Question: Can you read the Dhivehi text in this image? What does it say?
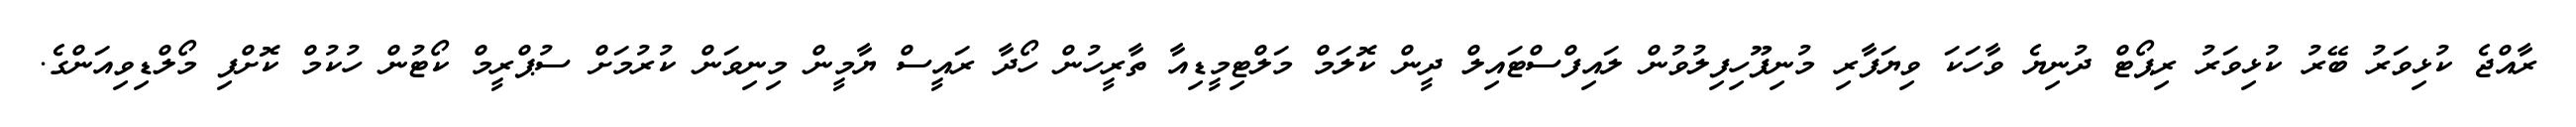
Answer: ރާއްޖެ ކުޅިވަރު ބޭރު ކުޅިވަރު ރިޕޯޓް ދުނިޔެ ވާހަކަ ވިޔަފާރި މުނިފޫހިފިލުވުން ލައިފްސްޓައިލް ދީން ކޮލަމް މަލްޓިމީޑިއާ ތާރީހުން ހޯދާ ރައީސް ޔާމީން މިނިވަން ކުރުމަށް ސުޕްރީމް ކޯޓުން ހުކުމް ކޮށްފި މޯލްޑިވިއަންގެ.